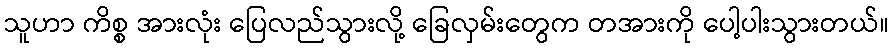
သူဟာ ကိစ္စ အားလုံး ပြေလည်သွားလို့ ခြေလှမ်းတွေက တအားကို ပေါ့ပါးသွားတယ်။